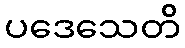
ပဒေသေတိ